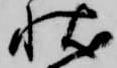
状